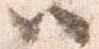
ハ